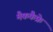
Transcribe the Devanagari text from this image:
मैककैफ्रे